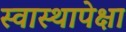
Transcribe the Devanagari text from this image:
स्वास्थापेक्षा